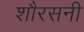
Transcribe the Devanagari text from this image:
शौरसनी